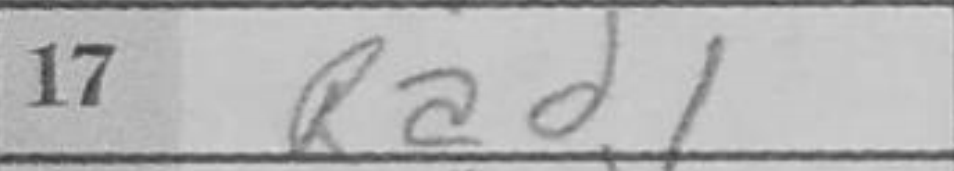
Transcription: Rad1